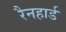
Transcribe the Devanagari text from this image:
रैनहार्ड